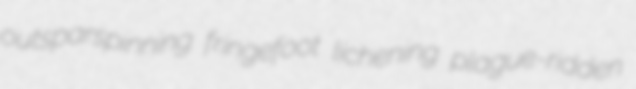
outsparspinning fringefoot lichening plague-ridden